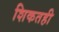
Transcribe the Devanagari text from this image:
शिकतही